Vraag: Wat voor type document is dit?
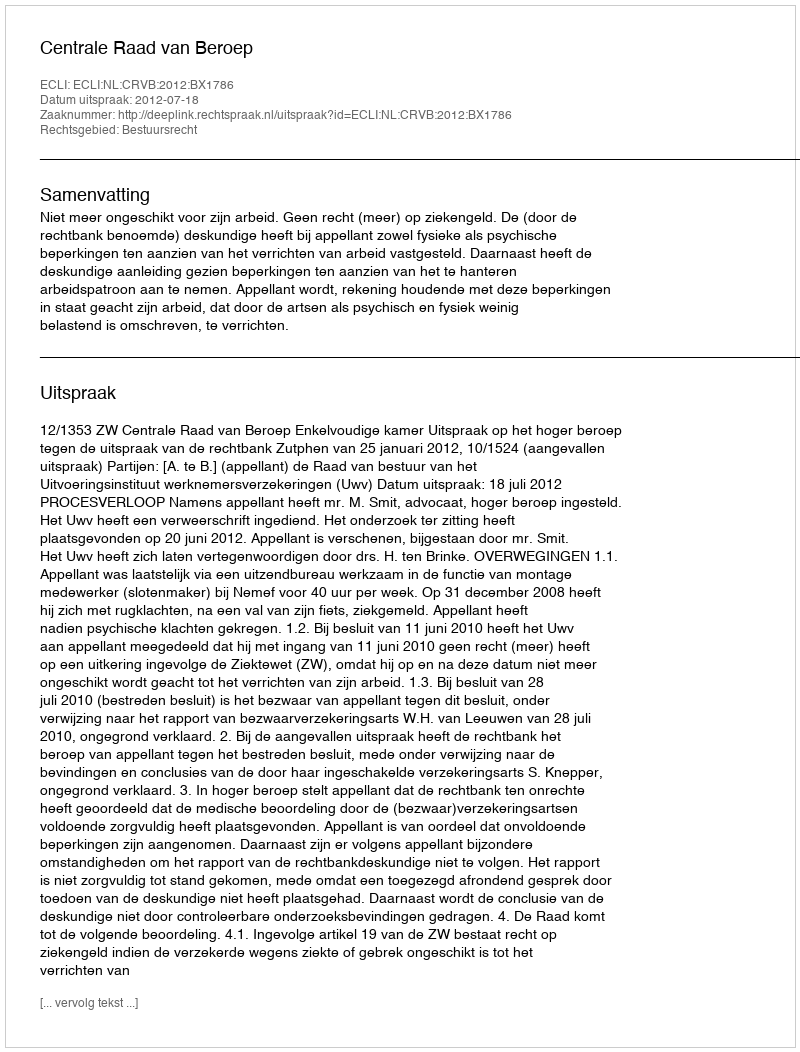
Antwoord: Uitspraak